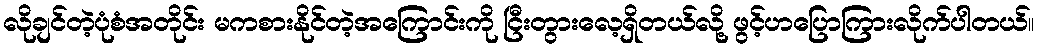
လိုချင်တဲ့ပုံစံအတိုင်း မကစားနိုင်တဲ့အကြောင်းကို ငြီးတွားလေ့ရှိတယ်လို့ ဖွင့်ဟပြောကြားလိုက်ပါတယ်။